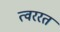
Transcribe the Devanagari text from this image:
त्वररत